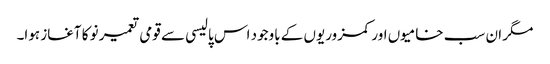
مگر ان سب خامیوں اور کمزوریوں کے باوجود اس پالیسی سے قومی تعمیر نو کا آغاز ہوا۔